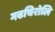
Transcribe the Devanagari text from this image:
गढचिरोलि